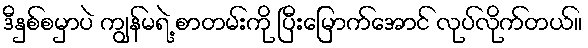
ဒီနှစ်စမှာပဲ ကျွန်မရဲ့ စာတမ်းကို ပြီးမြောက်အောင် လုပ်လိုက်တယ်။